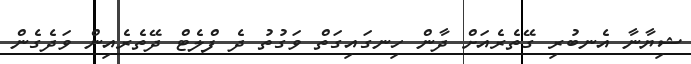
ޝިޔާނާ އެނބުރި ގޭތެރެއަށް ދާން ހިނގައިގަތް ވަގުތު ދެ ފްލެޓް ދޭތެރެއިން ވަދެގެން